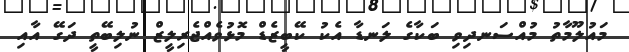
މައުލޫމާތު މުއްސަނދިވި ބަކާގެ ލަނޑާ އެކު ކޭބީޒެޑް މޮޅުވެއްޖެރިލީޒް ނުލިބޭތީ ދަގޭ އާއި